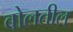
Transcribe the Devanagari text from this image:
बोलतील